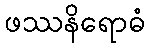
ဖဿနိရောဓံ